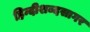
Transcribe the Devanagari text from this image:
हिन्दीशब्दसागर